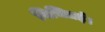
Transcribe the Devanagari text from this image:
विचित्रई।